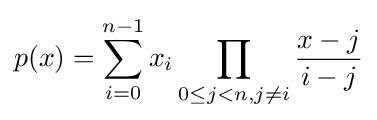
p(x)=\sum _{i=0}^{n-1}x_{i}\prod _{0\leq j<n,j\neq i}{\frac {x-j}{i-j}}